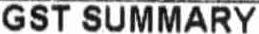
GST SUMMARY